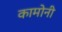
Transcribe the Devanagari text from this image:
कामोनी